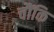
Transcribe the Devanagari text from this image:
चौंकि